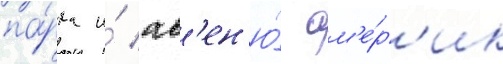
па́рка и́ ав'ен'ю́ ам'е́р'ик